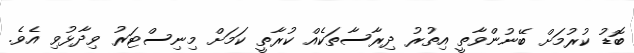
ބޮޑު ކުރުމަށް ބޭނުންވާތީ އިތުރު ދިރާސާތަކެއް ކުރާތީ ކަމަށް މިނިސްޓަރު ވިދާޅުވި އެވެ.